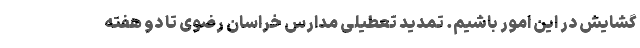
گشایش در این امور باشیم. تمدید تعطیلی مدارس خراسان رضوی تا دو هفته